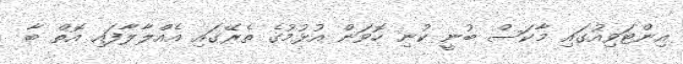
އިންޓަވިއުގައި މާކަސް ބުނީ ކުނި ހޮވަން އުޅުމުގެ ތެރޭގައި އެއްލާލާފައި އޮތް ބާ